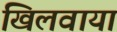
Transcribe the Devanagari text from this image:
खिलवाया